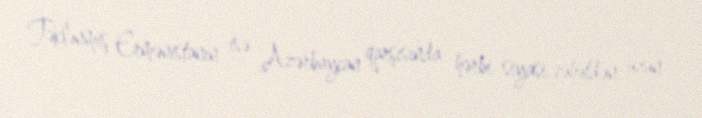
Təklənmiş Ermənistanın isə Azərbaycan qarşısında hərbi-siyasi cəhətdən uzun